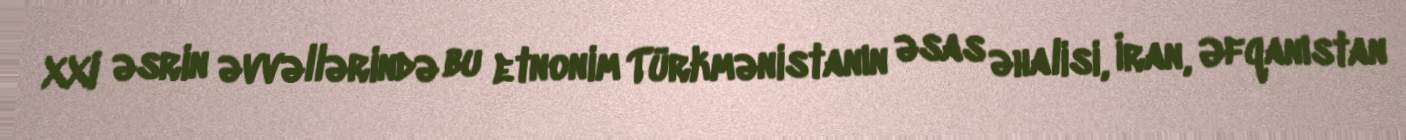
XXI əsrin əvvəllərində bu etnonim Türkmənistanın əsas əhalisi, İran, Əfqanıstan